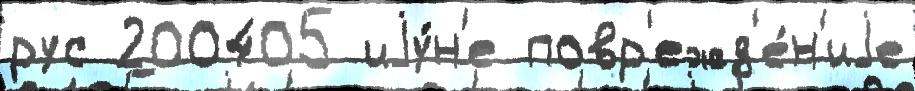
рус 200405 иjу́н'е повр'ежд'е́н'иjе